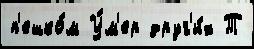
п'ешко́м У́м'ер друг'и́х Т